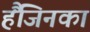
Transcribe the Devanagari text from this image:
हैंजिनका